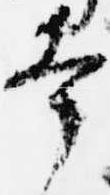
幸